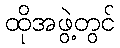
ထိုအဖွဲ့တွင်